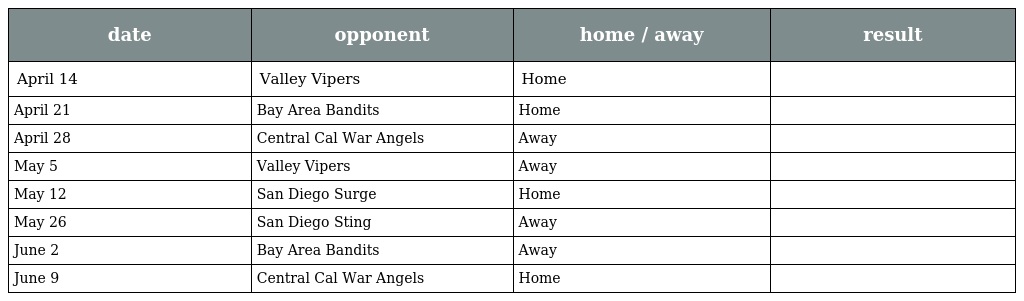
| date | opponent | home / away | result |
 | --- | --- | --- | --- |
 | April 14 | Valley Vipers | Home |  |
 | April 21 | Bay Area Bandits | Home |  |
 | April 28 | Central Cal War Angels | Away |  |
 | May 5 | Valley Vipers | Away |  |
 | May 12 | San Diego Surge | Home |  |
 | May 26 | San Diego Sting | Away |  |
 | June 2 | Bay Area Bandits | Away |  |
 | June 9 | Central Cal War Angels | Home |  |